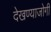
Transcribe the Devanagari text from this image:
देखण्याजोगी